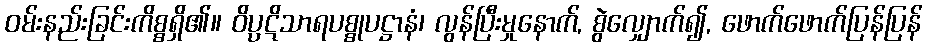
ဝမ်းနည်းခြင်းကိစ္စရှိ၏။ ဝိပ္ပဋိသာရပစ္စုပဋ္ဌာနံ၊ လွန်ပြီးမှုနောက်, စွဲလျှောက်၍, ဖောက်ဖောက်ပြန်ပြန်